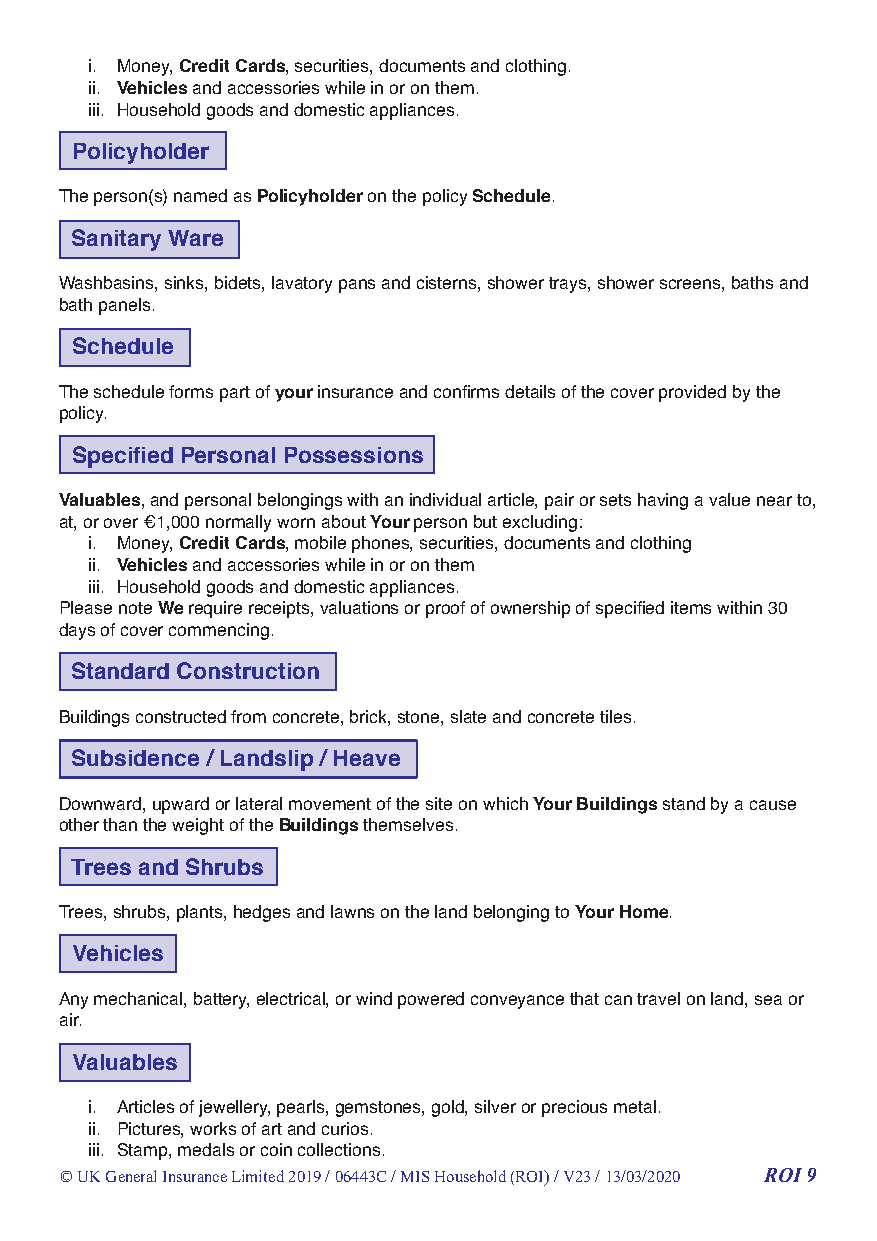
i. Money, Credit Cards, securities, documents and clothing.
 ii. Vehicles and accessories while in or on them.
 iii. Household goods and domestic appliances.
 Policyholder
 The person(s) named as Policyholder on the policy Schedule.
 Sanitary Ware
 Washbasins, sinks, bidets, lavatory pans and cisterns, shower trays, shower screens, baths and
 bath panels.
 Schedule
 The schedule forms part of your insurance and confirms details of the cover provided by the
 policy.
 Specified Personal Possessions
 Valuables, and personal belongings with an individual article, pair or sets having a value near to,
 at, or over €1,000 normally worn about Your person but excluding:
 i. Money, Credit Cards, mobile phones, securities, documents and clothing
 ii. Vehicles and accessories while in or on them
 iii. Household goods and domestic appliances.
 Please note We require receipts, valuations or proof of ownership of specified items within 30
 days of cover commencing.
 Standard Construction
 Buildings constructed from concrete, brick, stone, slate and concrete tiles.
 Subsidence / Landslip / Heave
 Downward, upward or lateral movement of the site on which Your Buildings stand by a cause
 other than the weight of the Buildings themselves.
 Trees and Shrubs
 Trees, shrubs, plants, hedges and lawns on the land belonging to Your Home.
 Vehicles
 Any mechanical, battery, electrical, or wind powered conveyance that can travel on land, sea or
 air.
 Valuables
 i. Articles of jewellery, pearls, gemstones, gold, silver or precious metal.
 ii. Pictures, works of art and curios.
 iii. Stamp, medals or coin collections.
 © UK General Insurance Limited 2019 / 06443C / MIS Household (ROI) / V23 / 13/03/2020 ROI 9